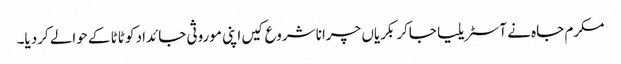
مکرم جاہ نے آسٹریلیا جاکر بکریاں چرانا شروع کیں اپنی موروثی جائداد کو ٹاٹا کے حوالے کردیا۔